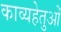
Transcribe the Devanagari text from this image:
काव्यहेतुओं